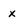
Character: x